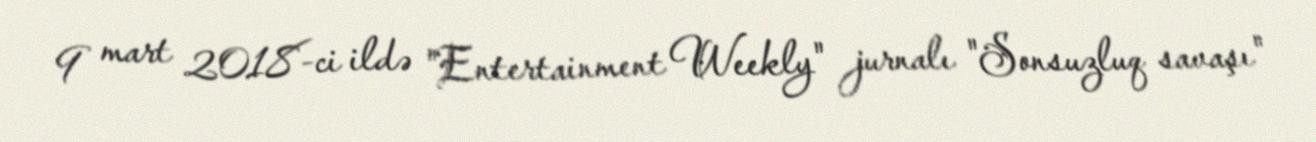
9 mart 2018-ci ildə "Entertainment Weekly" jurnalı "Sonsuzluq savaşı"